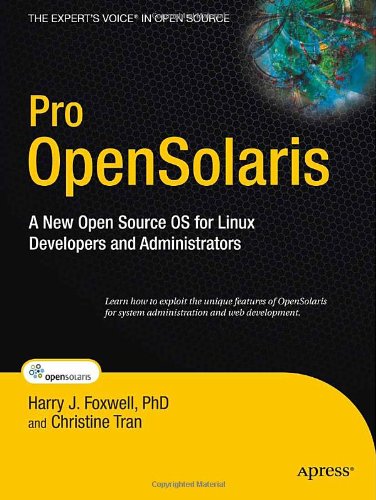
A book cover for Pro OpenSolaris (Expert's Voice in Open Source); Harry Foxwell; Computers & Technology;